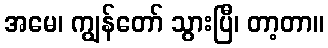
အမေ၊ ကျွန်တော် သွားပြီ၊ တာ့တာ။